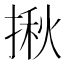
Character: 揪